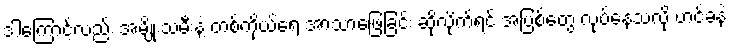
ဒါကြောင့်လည်း အမျိုးသမီးနဲ့ တစ်ကိုယ်ရေ အာသာဖြေခြင်း ဆိုလိုက်ရင် အပြစ်တွေ လုပ်နေသလို ဟင်ခနဲ